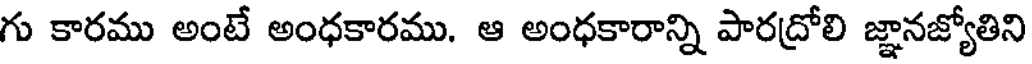
గు కారము అంటే అంధకారము. ఆ అంధకారాన్ని పారద్రోలి జ్ఞానజ్యోతిని